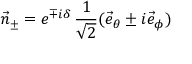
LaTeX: \vec { n } _ { \pm } = e ^ { \mp i \delta } \, \frac { 1 } { \sqrt { 2 } } ( \vec { e } _ { \theta } \pm i \vec { e } _ { \phi } )